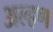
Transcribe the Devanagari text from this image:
अल्हण